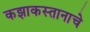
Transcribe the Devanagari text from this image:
कझाकस्तानाचे